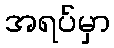
အရပ်မှာ